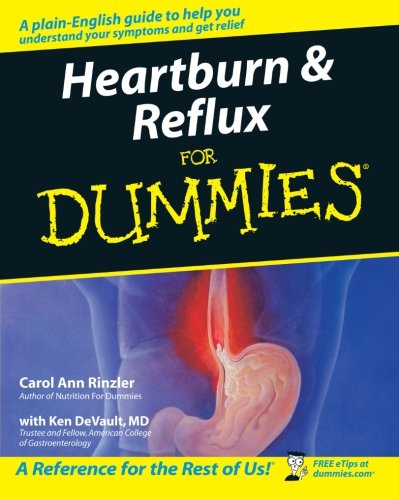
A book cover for Heartburn and Reflux For Dummies; Carol Ann Rinzler; Health, Fitness & Dieting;